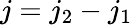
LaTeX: j=j_{2}-j_{1}